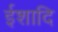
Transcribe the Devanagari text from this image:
ईशादि